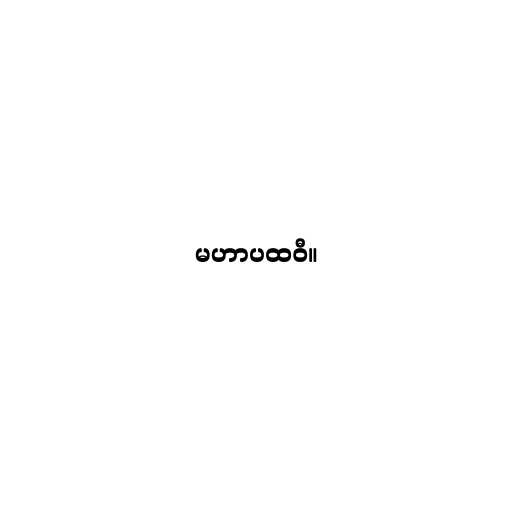
မဟာပထဝီ။